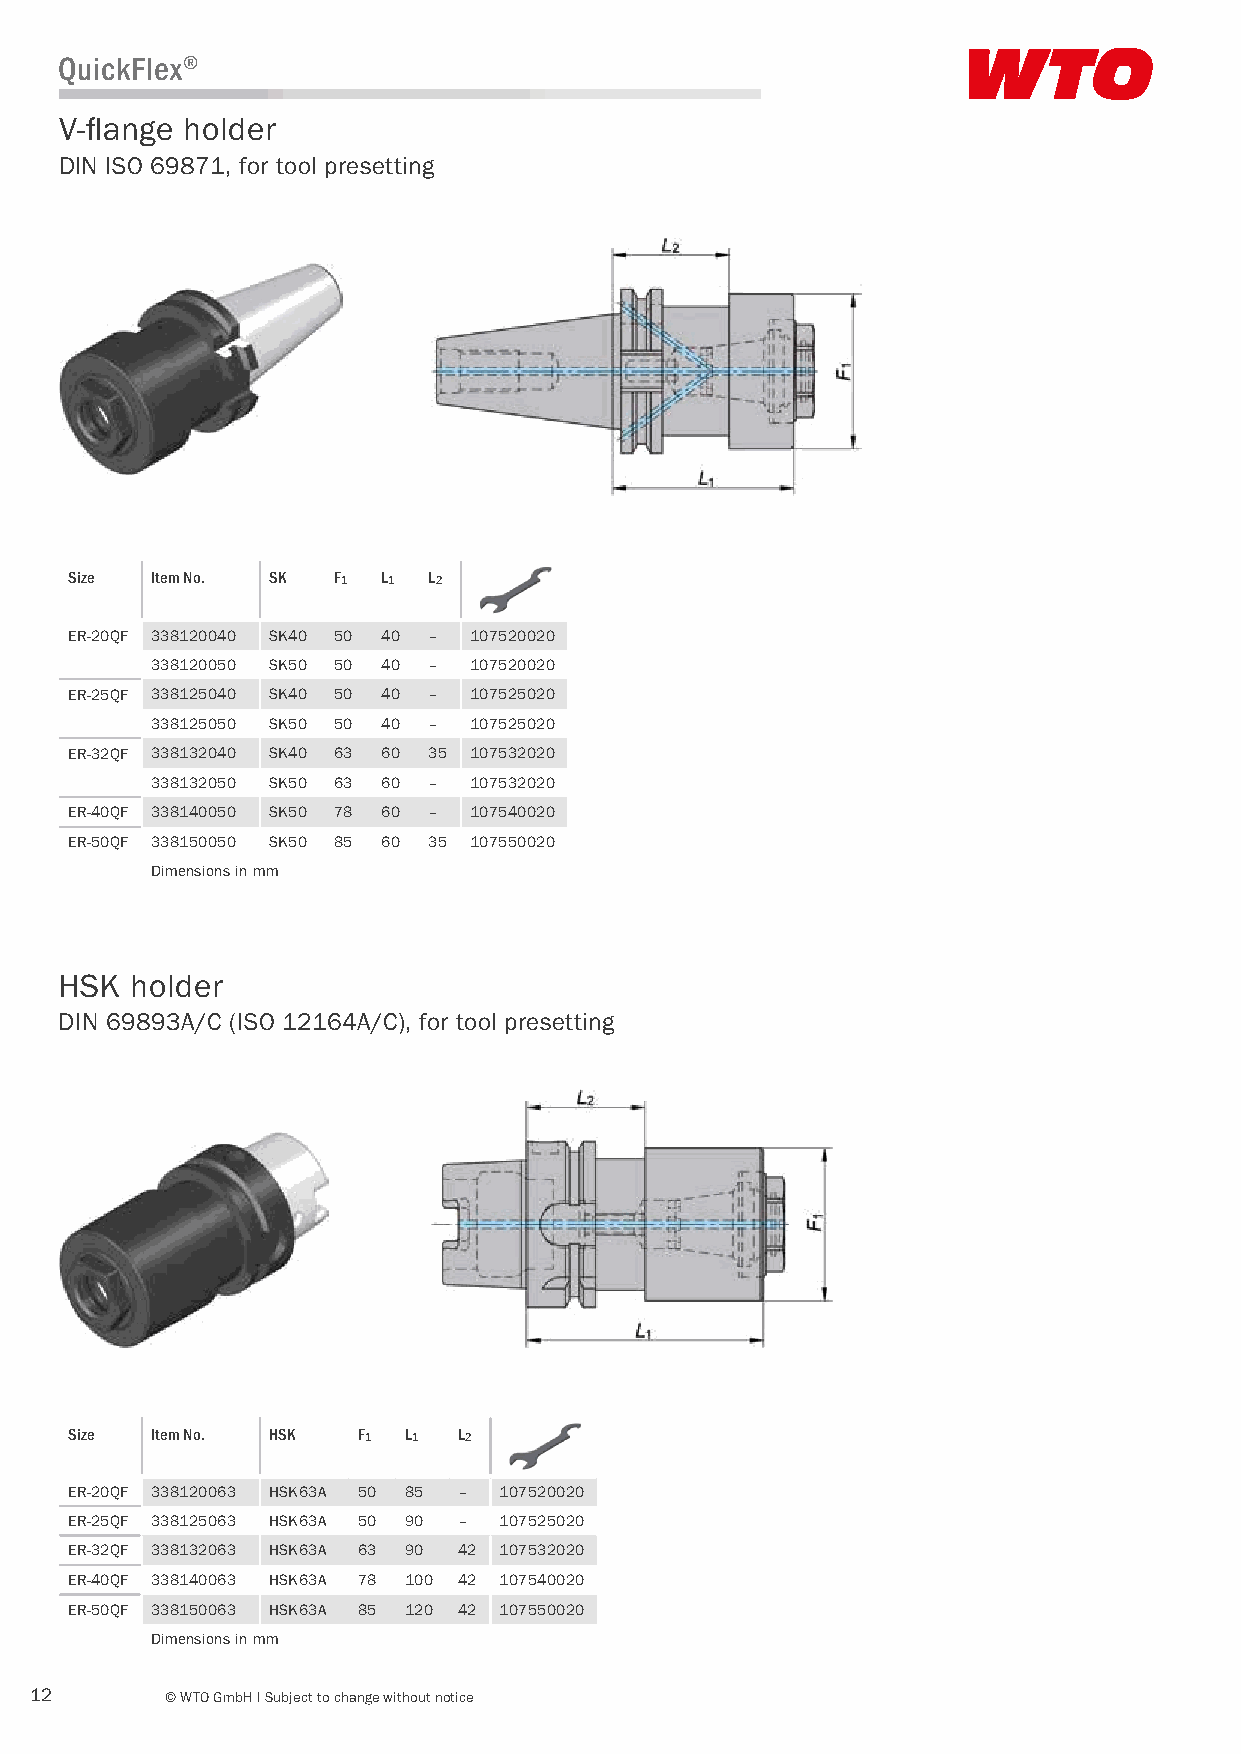
QuickFlex®
 V-flange holder
 DIN ISO 69871, for tool presetting
 Size  Item No. SK F1 L1 L2
 ER-20QF 338120040 SK40 50 40 – 107520020
 338120050 SK50 50 40 – 107520020
 ER-25QF 338125040 SK40 50 40 – 107525020
 338125050 SK50 50 40 – 107525020
 ER-32QF 338132040 SK40 63 60 35 107532020
 338132050 SK50 63 60 – 107532020
 ER-40QF 338140050 SK50 78 60 – 107540020
 ER-50QF 338150050 SK50 85 60 35 107550020
 Dimensions in mm
 HSK  holder
 DIN 69893A/C (ISO 12164A/C), for tool presetting
 Size  Item No. HSK  F1 L1 L2
 ER-20QF 338120063 HSK63A 50 85 – 107520020
 ER-25QF 338125063 HSK63A 50 90 – 107525020
 ER-32QF 338132063 HSK63A 63 90 42 107532020
 ER-40QF 338140063 HSK63A 78 100 42 107540020
 ER-50QF 338150063 HSK63A 85 120 42 107550020
 Dimensions in mm
 12       © WTO GmbH I Subject to change without notice